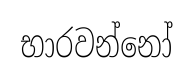
භාරවන්නෝ